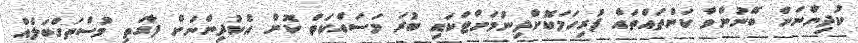
ކުދިންނަށް ބޭނުންވާ ކަންތައްތައް ފުރިހަމަކޮށްދިނުމަށްޓަކައި ބުރަ މަސައްކަތް ކޮށް އެކުދިންނަށް ފާގަތި މުސްތަގްބަލެއް